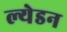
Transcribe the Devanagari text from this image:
ल्येडन